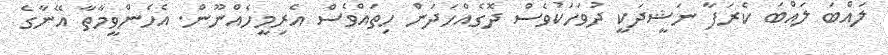
ލައްބަ ލައްބަ ކެރަފާ ނަޝީދަކީ ދުވަހަކުވެސް ދޮގެއްހަދަން ހިތައްވެސް އެރިމީހެއްނޫން. އެހެންވީމާތާ އޭނާގެ